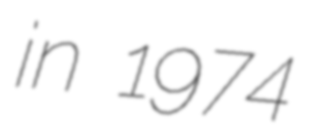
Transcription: in 1974